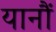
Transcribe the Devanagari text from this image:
यानौं